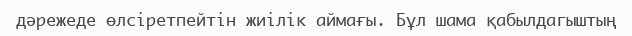
дәрежеде өлсіретпейтін жиілік аймағы. Бұл шама қабылдагыштың